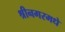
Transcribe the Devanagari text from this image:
श्रीनगरमधे